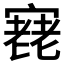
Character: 𡪰